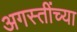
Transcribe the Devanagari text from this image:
अगस्तींच्या